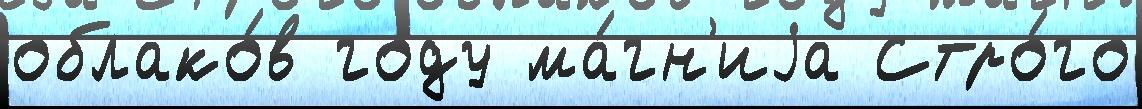
облако́в году ма́гн'иjа Стро́го